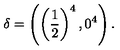
\delta = \left( \left( \frac { 1 } { 2 } \right) ^ { 4 } , 0 ^ { 4 } \right) .